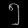
Digit: ၅